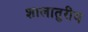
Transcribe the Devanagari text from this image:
शालातुरीय